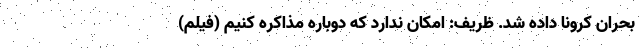
بحران کرونا داده شد. ظریف: امکان ندارد که دوباره مذاکره کنیم (فیلم)